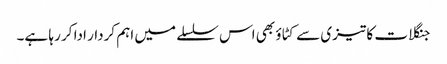
جنگلات کا تیزی سے کٹاؤ بھی اس سلسلے میں اہم کردار ادا کر رہا ہے۔